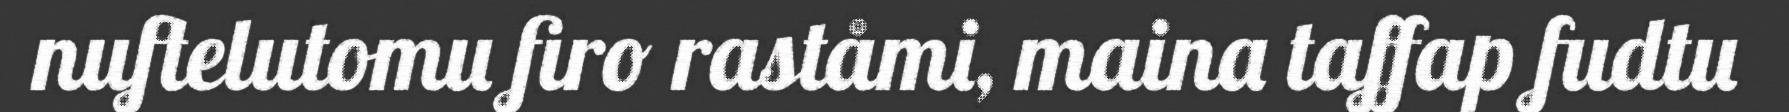
nuftelutomu firo raståmi, maina taffap fudtu